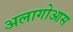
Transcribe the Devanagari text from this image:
अलागोआस